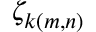
\zeta _ { k ( m , n ) }